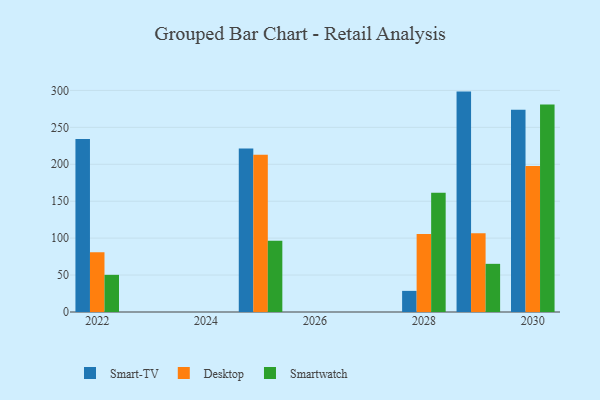
{"axis": {"x": "Year", "y": "Demand Index"}, "legend": ["Desktop", "Smart-TV", "Smartwatch"], "data": [{"x": "2029", "y": 298.4, "type": "Smart-TV"}, {"x": "2029", "y": 106.6, "type": "Desktop"}, {"x": "2029", "y": 65.2, "type": "Smartwatch"}, {"x": "2028", "y": 28.6, "type": "Smart-TV"}, {"x": "2028", "y": 105.5, "type": "Desktop"}, {"x": "2028", "y": 161.3, "type": "Smartwatch"}, {"x": "2030", "y": 273.8, "type": "Smart-TV"}, {"x": "2030", "y": 197.6, "type": "Desktop"}, {"x": "2030", "y": 281.0, "type": "Smartwatch"}, {"x": "2025", "y": 221.2, "type": "Smart-TV"}, {"x": "2025", "y": 212.9, "type": "Desktop"}, {"x": "2025", "y": 96.3, "type": "Smartwatch"}, {"x": "2022", "y": 234.1, "type": "Smart-TV"}, {"x": "2022", "y": 80.9, "type": "Desktop"}, {"x": "2022", "y": 50.3, "type": "Smartwatch"}]}